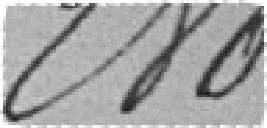
280